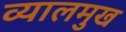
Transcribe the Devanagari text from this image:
व्यालमुख